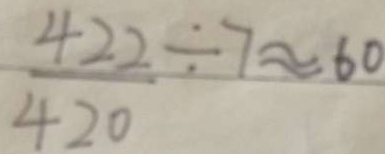
\frac { 4 2 2 } { 4 2 0 } \div 7 \approx 6 0